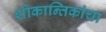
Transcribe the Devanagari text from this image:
शोकान्तिकांचा